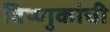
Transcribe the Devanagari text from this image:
विष्णुकांची